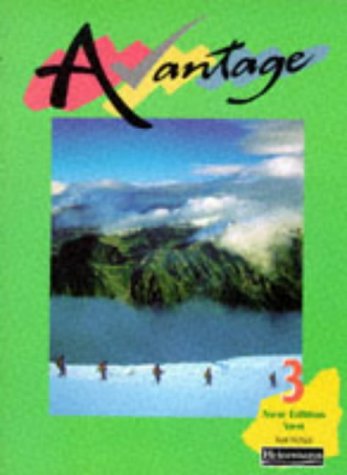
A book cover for Avantage 3 Vert Pupil Book (Avantage for Key Stage 3) (Pt.3); Rosi McNab; Teen & Young Adult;